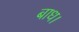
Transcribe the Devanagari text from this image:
बाध।